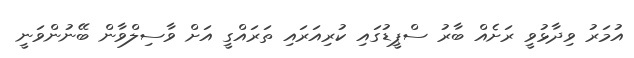
އުމަރު ވިދާޅުވީ ރަށެއް ބާރު ސްޕީޑުގައި ކުރިއަރައި ތަރައްގީ އަށް ވާސިލްވާން ބޭނުންވަނީ